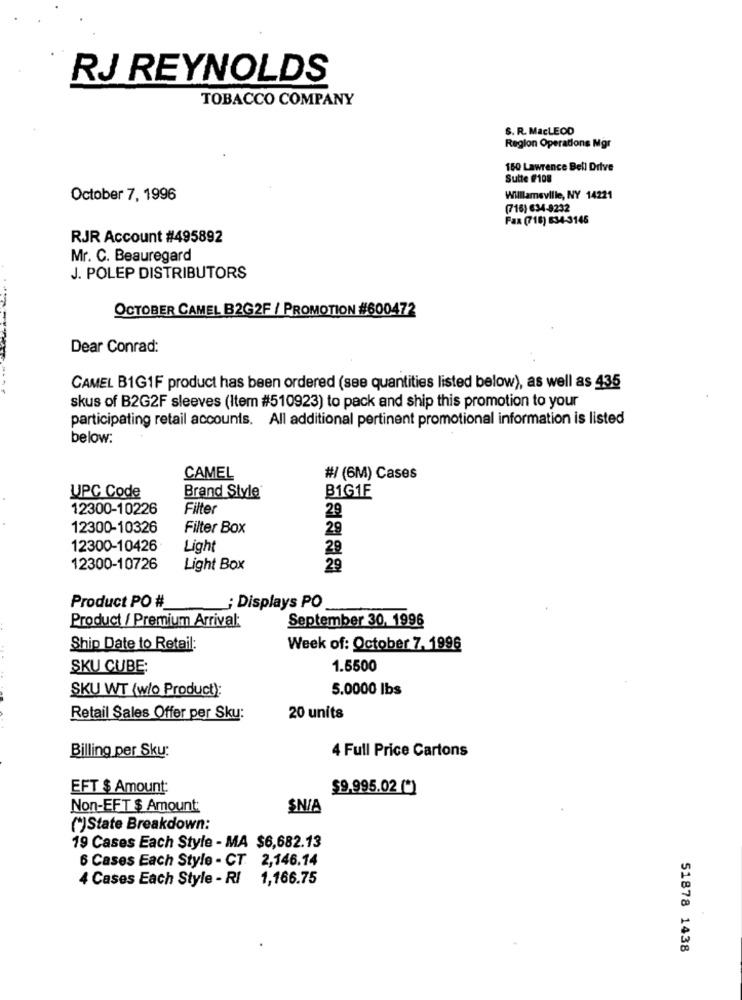
RJ REYNOLDS
TOBACCO COMPANY
S. R. MacLEOD
Region Operations Mgr
150 Lawrence Bell Drive
Sutte #108
October 7, 1996
Williamsville, NY 14221
(716) €34-8232
Fax (718) 634-3145
RJR Account #495892
Mr. C. Beauregard
J. POLEP DISTRIBUTORS
OCTOBER CAMEL B2G2F / PROMOTION #600472
Dear Conrad:
CAMEL B1G1F product has been ordered (see quantities listed below), as well as 435
skus of B2G2F sleeves (Item #510923) to pack and ship this promotion to your
participating retail accounts. All additional pertinent promotional information is listed
below:
CAMEL
#/ (6M) Cases
UPC Code
Brand Style®
B1G1F
12300-10226
Filter
29
12300-10326
Filter Box
29
12300-10426
Light
28
12300-10726
Light Box
29
Product PO #
; Displays PO
September 30, 1996
Product / Premium Arrival:
Ship Date to Retail:
Week of: October 7, 1996
SKU CUBE:
1.5500
SKU WT (w/o Product):
5.0000 lbs
Retail Sales Offer per Sku:
20 units
Billing per Sku:
4 Full Price Cartons
EFT $ Amount:
$9.995.02 (*)
Non-EFT $ Amount;
$N/A
(*)State Breakdown:
19 Cases Each Style - MA $6,682.13
6 Cases Each Style - CT: 2,146.14
4 Cases Each Style - RI 1,166.75
51878 1438